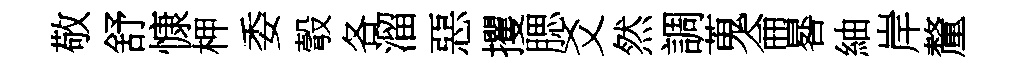
敬舒慷柙委彀各溜惡攫腮爻然調蒐侖晷紬岸釐